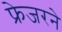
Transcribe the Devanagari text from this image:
फ्रेजरने